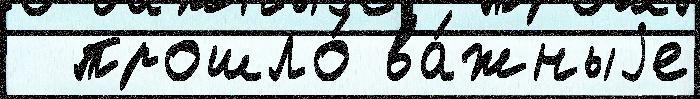
  прошло́ ва́жныjе